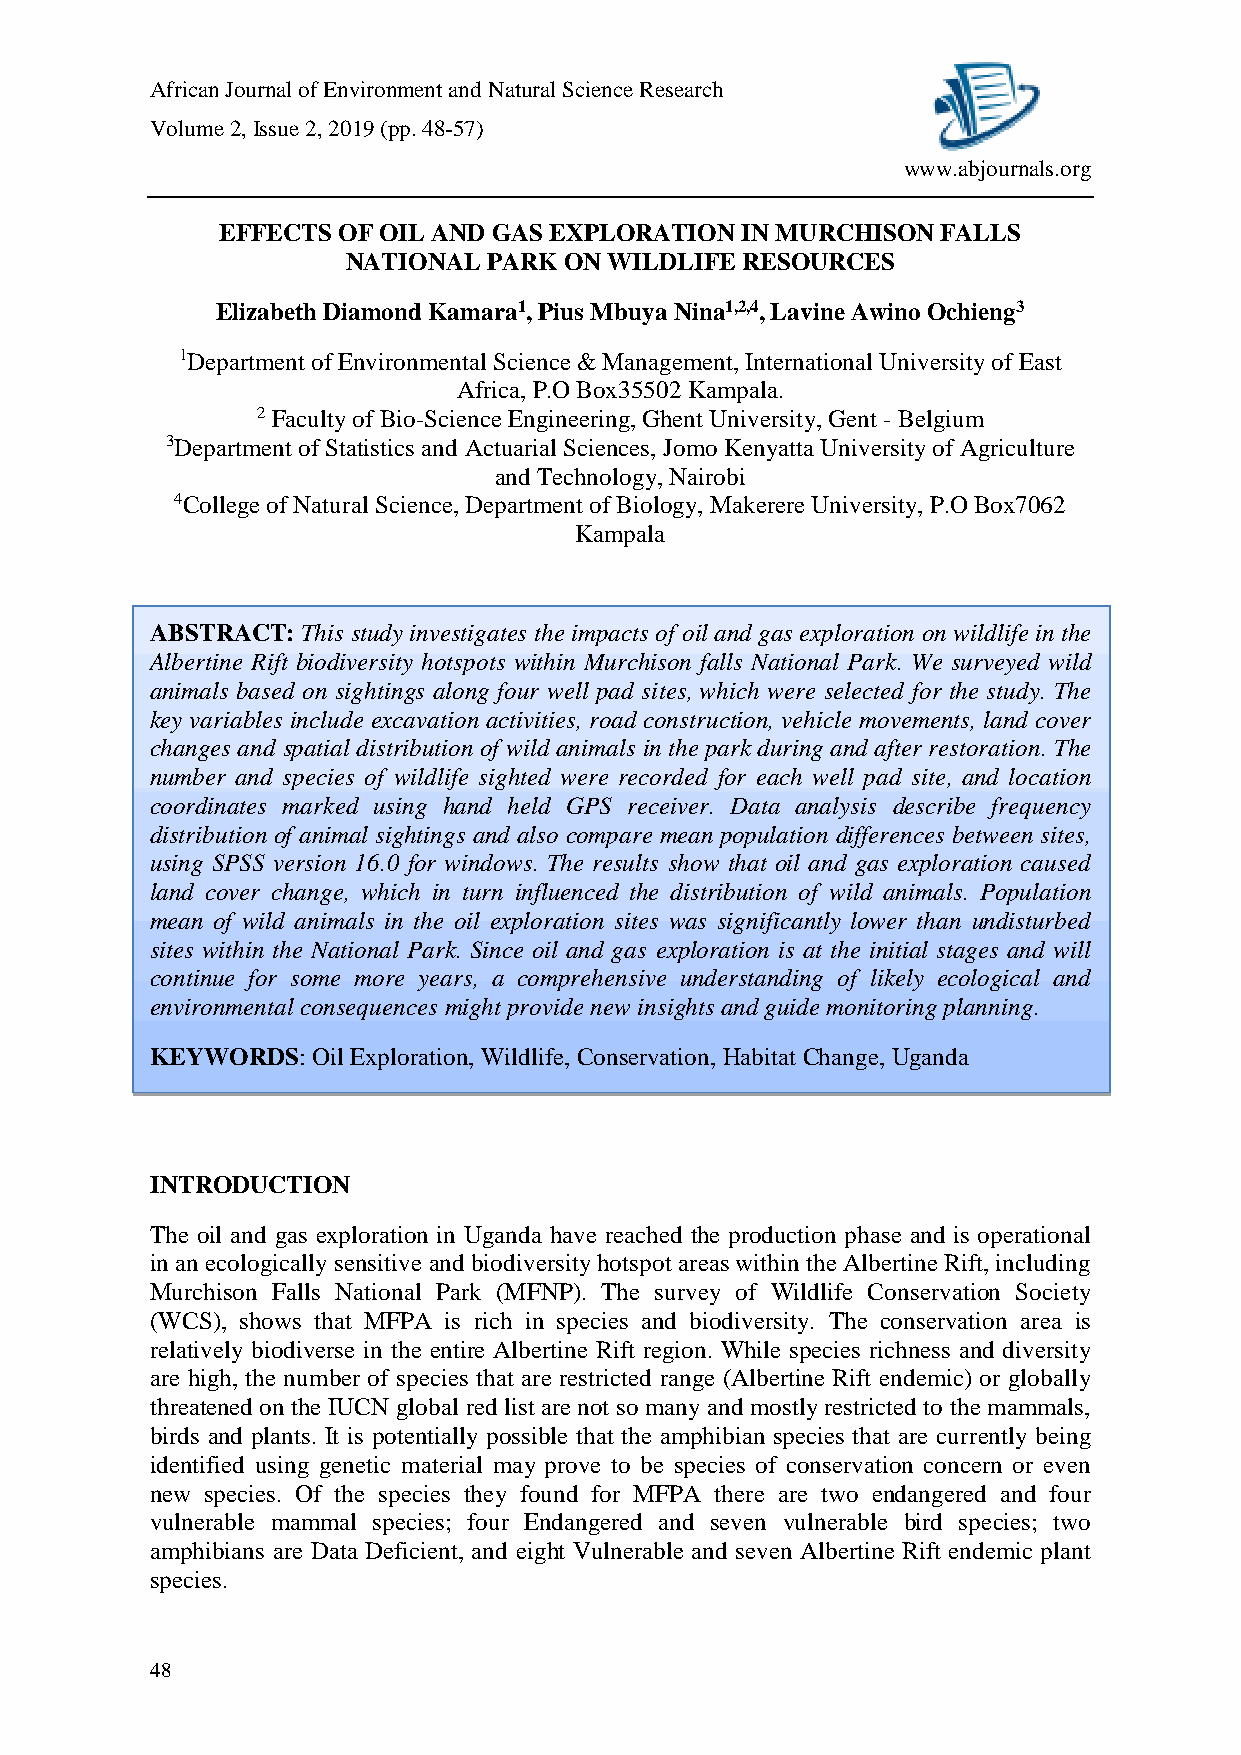
African Journal of Environment and Natural Science Research
 Volume 2, Issue 2, 2019 (pp. 48-57)
 www.abjournals.org
 EFFECTS OF OIL AND GAS EXPLORATION IN MURCHISON FALLS
 NATIONAL PARK ON WILDLIFE RESOURCES
 Elizabeth Diamond Kamara1, Pius Mbuya Nina1,2,4, Lavine Awino Ochieng3
 1Department of Environmental Science & Management, International University of East
 Africa, P.O Box35502 Kampala.
 2 Faculty of Bio-Science Engineering, Ghent University, Gent - Belgium
 3Department of Statistics and Actuarial Sciences, Jomo Kenyatta University of Agriculture
 and Technology, Nairobi
 4College of Natural Science, Department of Biology, Makerere University, P.O Box7062
 Kampala
 ABSTRACT: This study investigates the impac ts of oil and gas exploration on wildlife in the
 Albertine Rift biodiversity hotspots within Murchison falls National Park. We surveyed wild
 animals based on sightings along four well pad sites, which were selected for the study. The
 key variables include excavation activities, road construction, vehicle movements, land cover
 changes and spatial distribution of wild animals in the park during and after restoration. The
 number and species of wildlife sighted were recorded for each well pad site, and location
 coordinates marked using hand held GPS receiver. Data analysis describe frequency
 distribution of animal sightings and also compare mean population differences between sites,
 using SPSS version 16.0 for windows. The results show that oil and gas exploration caused
 land cover change, which in turn influenced the distribution of wild animals. Population
 mean of wild animals in the oil exploration sites was significantly lower than undisturbed
 sites within the National Park. Since oil and gas exploration is at the initial stages and will
 continue for some more years, a comprehensive understanding of likely ecological and
 environmental consequences might provide new insights and guide monitoring planning.
 KEYWORDS:  Oil Exploration, Wildlife, Conservation, Habitat Change, Uganda
 INTRODUCTION
 The oil and gas exploration in Uganda have reached the production phase and is operational
 in an ecologically sensitive and biodiversity hotspot areas within the Albertine Rift, including
 Murchison Falls National Park (MFNP). The survey of Wildlife Conservation Society
 (WCS), shows that MFPA is rich in species and biodiversity. The conservation area is
 relatively biodiverse in the entire Albertine Rift region. While species richness and diversity
 are high, the number of species that are restricted range (Albertine Rift endemic) or globally
 threatened on the IUCN global red list are not so many and mostly restricted to the mammals,
 birds and plants. It is potentially possible that the amphibian species that are currently being
 identified using genetic material may prove to be species of conservation concern or even
 new species. Of the species they found for MFPA there are two endangered and four
 vulnerable mammal species; four Endangered and seven vulnerable bird species; two
 amphibians are Data Deficient, and eight Vulnerable and seven Albertine Rift endemic plant
 species.
 48